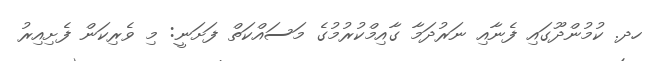
ހދ. ކުމުންދޫގައި ފެނާއި ނަރުދަމާ ގާއިމްކުރުމުގެ މަސައްކަތް ފަށަނީ: މި ވެރިކަން ފެށިއިރު